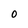
Character: 0